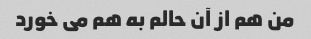
من هم از آن حالم به هم می خورد